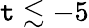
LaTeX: \mathtt{t}\lesssim-5